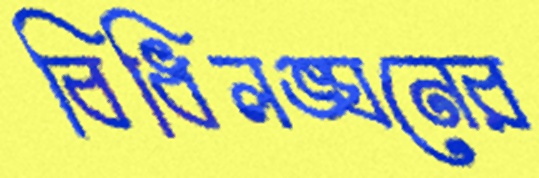
বিধিলঙ্ঘনের